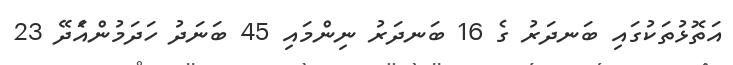
އަތޮޅުތަކުގައި ބަނދަރު ގެ 16 ބަނދަރު ނިންމައި 45 ބަނަދު ހަދަމުންއެަދޭ 23